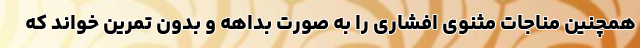
همچنین مناجات مثنوی افشاری را به صورت بداهه و بدون تمرین خواند که